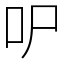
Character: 㕧